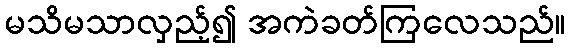
မသိမသာလှည့်၍ အကဲခတ်ကြလေသည်။